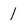
Character: 1